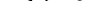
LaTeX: \smash{D_{s}>0}